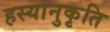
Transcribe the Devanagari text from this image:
हस्यानुकृति